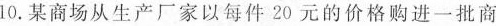
10. 某商场从生产厂家以每件 20 元的价格购进一批商品，若该商